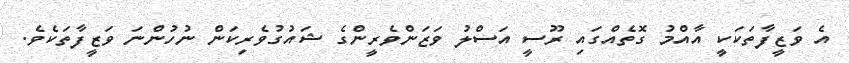
އެ ވަޒީފާތަކަކީ އާއްމު ގޮތެއްގައި ރޫސީ އަސްލު ވަޒަންވެރީންގެ ޝައުގުވެރިކަން ނުހުންނަ ވަޒީފާތަކެވެ.